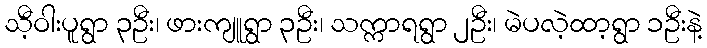
သီ့ဝါးပူရွာ ၃ဦး၊ ဖားကျူရွာ ၃ဦး၊ သက္ကာရရွာ ၂ဦး၊ မဲပလဲ့ထာ့ရွာ ၁ဦးနဲ့